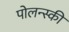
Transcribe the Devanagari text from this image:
पोलन्स्की